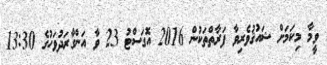
ވީމާ މިކަމަށް ޝައުޤުވެރިވާ ފަރާތްތަކުން 2016 އޮގަސްޓު 23 ވާ އަންގާރަދުވަހުގެ 13:30